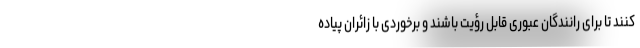
کنند تا برای رانندگان عبوری قابل رؤیت باشند و برخوردی با زائران پیاده